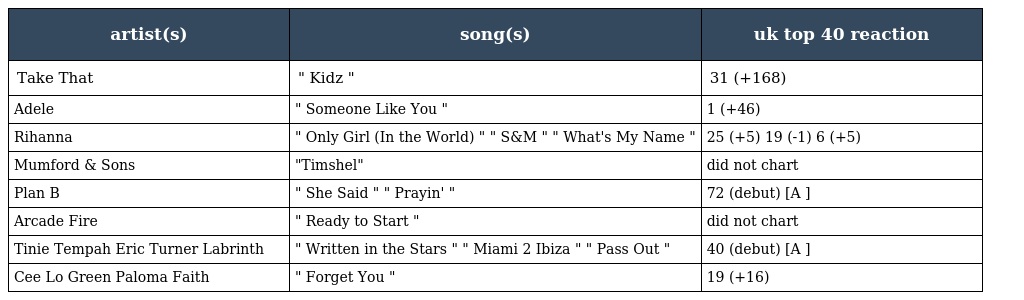
| artist(s) | song(s) | uk top 40 reaction |
 | --- | --- | --- |
 | Take That | " Kidz " | 31 (+168) |
 | Adele | " Someone Like You " | 1 (+46) |
 | Rihanna | " Only Girl (In the World) " " S&M " " What's My Name " | 25 (+5) 19 (-1) 6 (+5) |
 | Mumford & Sons | "Timshel" | did not chart |
 | Plan B | " She Said " " Prayin' " | 72 (debut) [A ] |
 | Arcade Fire | " Ready to Start " | did not chart |
 | Tinie Tempah Eric Turner Labrinth | " Written in the Stars " " Miami 2 Ibiza " " Pass Out " | 40 (debut) [A ] |
 | Cee Lo Green Paloma Faith | " Forget You " | 19 (+16) |